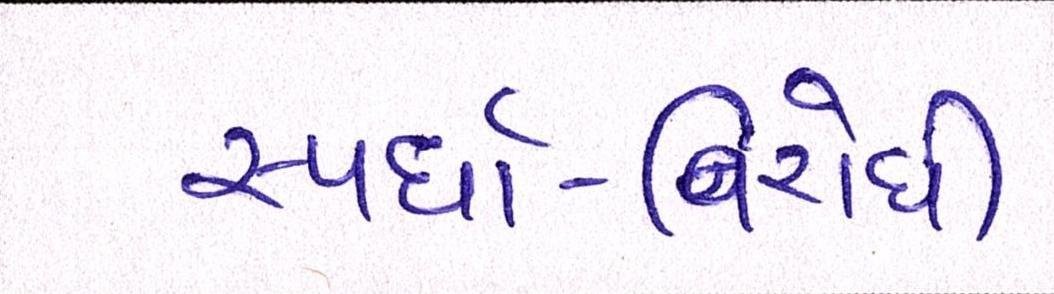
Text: સ્પર્ધા-વિરોધી